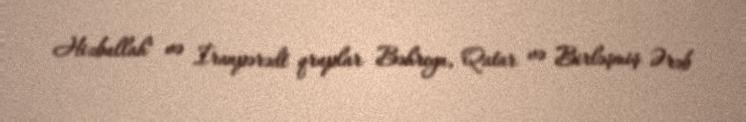
Hizbullah" və İranpərədt qruplar Bəhreyn, Qatar və Birləşmiş Ərəb